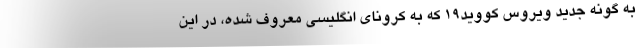
به گونه جدید ویروس کووید۱۹ که به کرونای انگلیسی معروف شده، در این